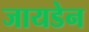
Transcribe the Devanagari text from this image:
जायडेन